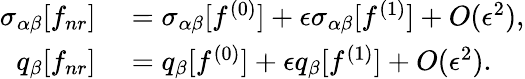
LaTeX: \begin{array}{rl}{\sigma_{\alpha\beta}[f_{nr}]}&{{}=\sigma_{\alpha\beta}[f^{(0)}]+\epsilon\sigma_{\alpha\beta}[f^{(1)}]+O(\epsilon^{2}),}\\ {q_{\beta}[f_{nr}]}&{{}=q_{\beta}[f^{(0)}]+\epsilon q_{\beta}[f^{(1)}]+O(\epsilon^{2}).}\end{array}